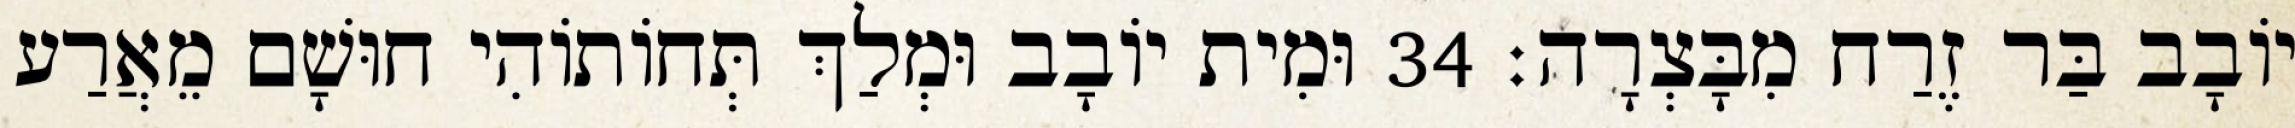
יוֹבָב בַּר זֶרַח מִבָּצְרָה׃ 34 וּמִית יוֹבָב וּמְלַךְ תְּחוֹתוֹהִי חוּשָׁם מֵאֲרַע